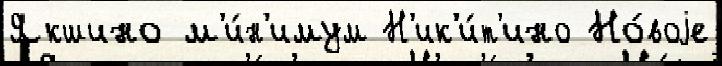
Якшино м'и́н'имум Н'ик'и́т'ино Но́воjе